Vaccination in the Punjab 1905-1918 - 1905-1918
Year: 1905
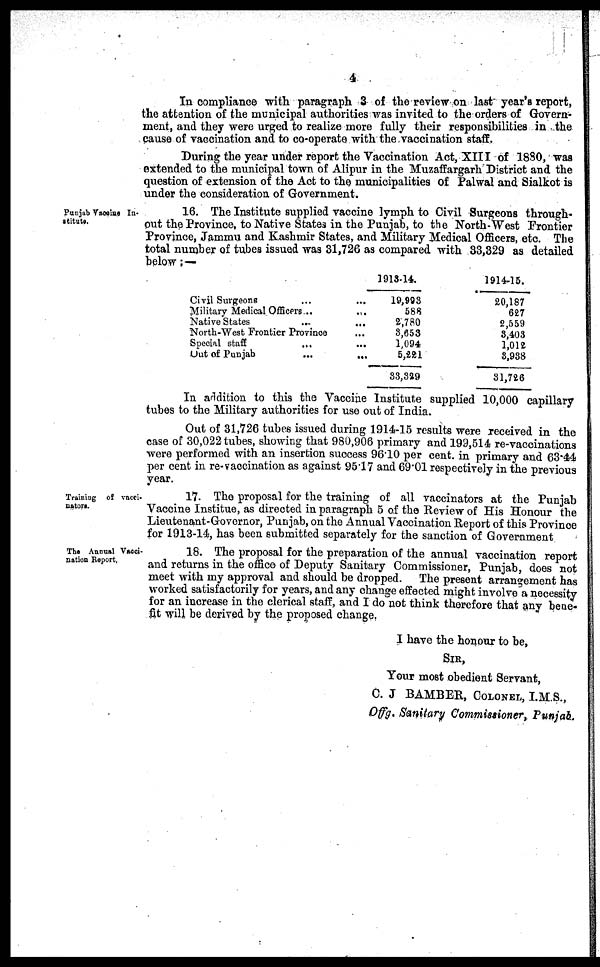
4
In compliance with paragraph 3 of the review on last year's report,
the attention of the municipal authorities was invited to the orders of Govern-
ment, and they were urged to realize more fully their responsibilities in the
cause of vaccination and to co-operate with the vaccination staff.
During the year under report the Vaccination Act, XIII of 1880, was
extended to the municipal town of Alipur in the Muzaffargarh District and the
question of extension of the Act to the municipalities of Palwal and Sialkot is
under the consideration of Government.
Punjab Vaccine In¬
stitute.
16. The Institute supplied vaccine lymph to Civil Surgeons through-
out the Province, to Native States in the Punjab, to the North-West Frontier
Province, Jammu and Kashmir States, and Military Medical Officers, etc. The
total number of tubes issued was 31,726 as compared with 33,329 as detailed
below;—
Civil Surgeons ... ...
Military Medical Officers...
...
Native States
...
...
North-West Frontier Province ...
Special staff
... ...
Out of Punjab
...
...
1913-14.
19,993
588
2,780
8,653
1,094
5,221
33,329
1914-15.
20,187
627
2,559
3,403
1,012
3,938
31,726
In addition to this the Vaccine Institute supplied 10,000 capillary
tubes to the Military authorities for use out of India.
Out of 31,726 tubes issued during 1914-15 results were received in the
case of 30,022 tubes, showing that 980,906 primary and 199,514 re-vaccinations
were performed with an insertion success 96.10 per cent. in primary and 63.44
per cent in re-vaccination as against 95.17 and 69.01 respectively in the previous
year.
Training of vacci¬
nators.
17. The proposal for the training of all vaccinators at the Punjab
Vaccine Institue, as directed in paragraph 5 of the Review of His Honour the
Lieutenant-Governor, Punjab, on the Annual Vaccination Report of this Province
for 1913-14, has been submitted separately for the sanction of Government
The Annual Vacci¬
nation Report.
18. The proposal for the preparation of the annual vaccination report
and returns in the office of Deputy Sanitary Commissioner, Punjab, does not
meet with my approval and should be dropped. The present arrangement has
worked satisfactorily for years, and any change effected might involve a necessity
for an increase in the clerical staff, and I do not think therefore that any bene-
fit will be derived by the proposed change.
I have the honour to be,
SIR,
Your most obedient Servant,
C. J. BAMBER, COLONEL, I.M.S.,
Offg. Sanitary Commissioner, Punjab.